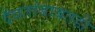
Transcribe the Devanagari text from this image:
दैवतांबाबतही